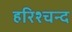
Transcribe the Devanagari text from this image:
हरिश्चन्द